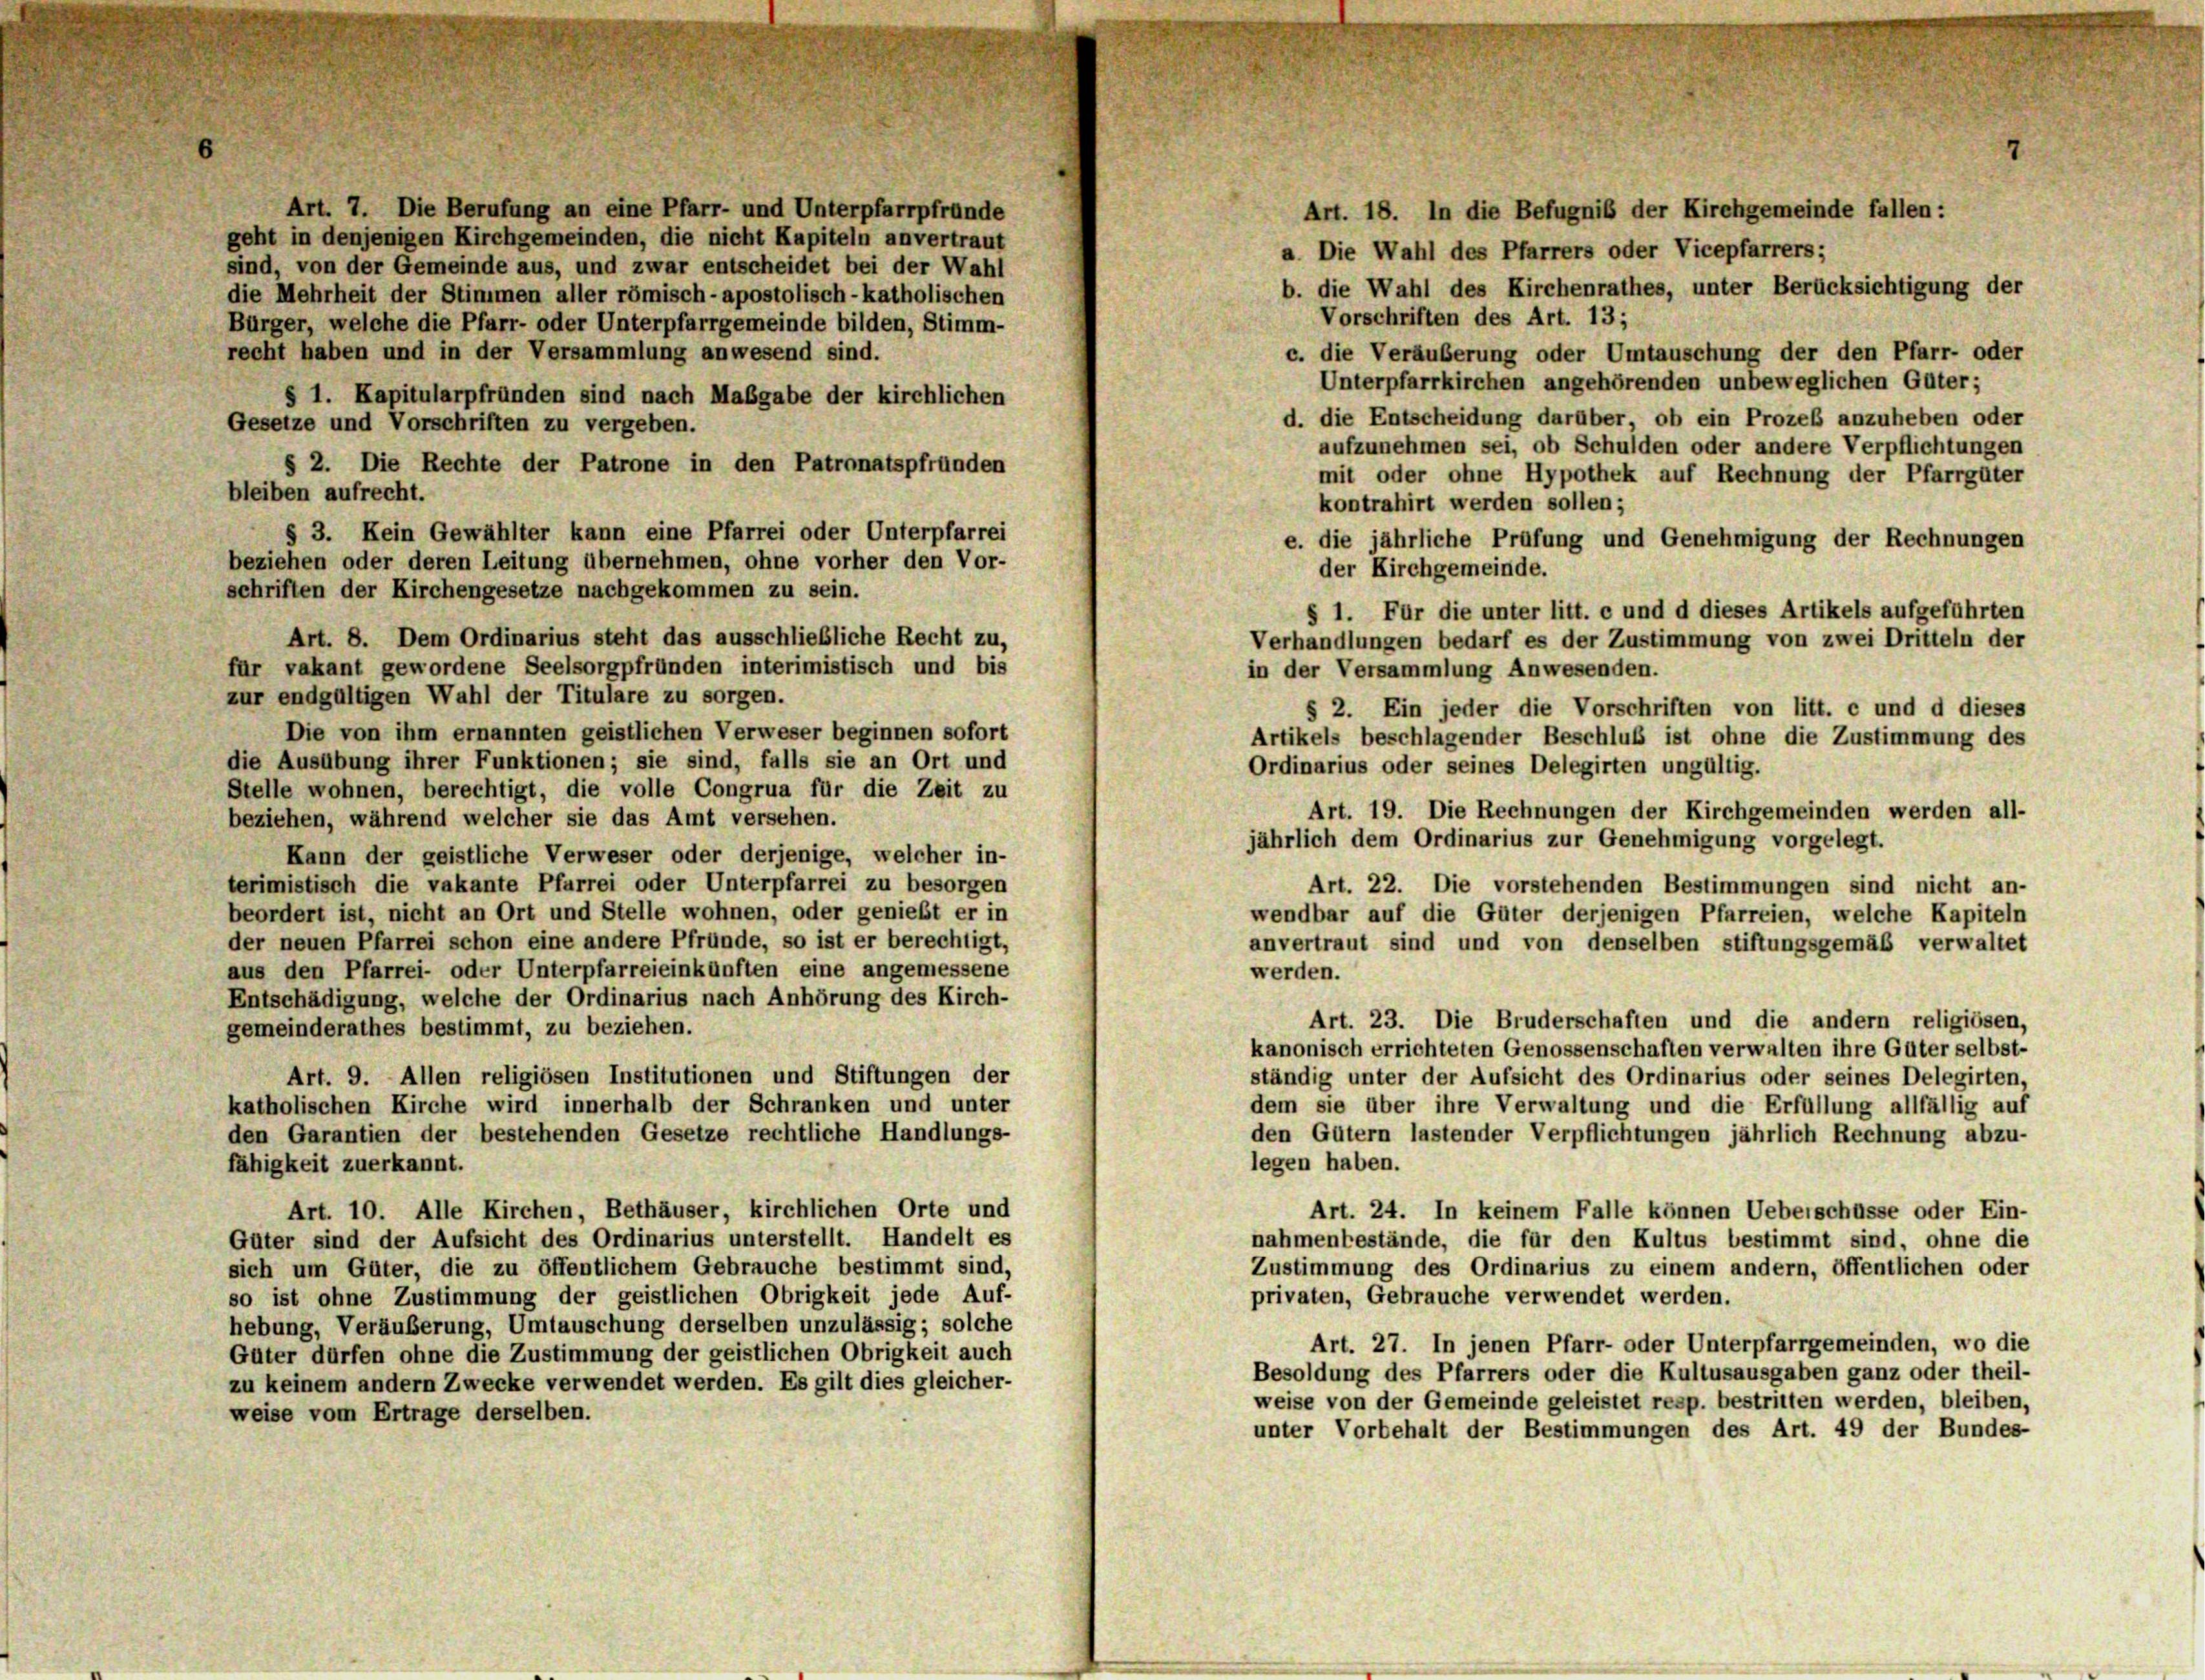
Art. 7. Die Berufung an eine Pfarr- und Unterpfarrpfründe
geht in denjenigen Kirchgemeinden, die nicht Kapiteln anvertraut
sind, von der Gemeinde aus, und zwar entscheidet bei der Wahl
b. die Wahl des Kirchenrathes, unter Berücksichtigung der
die Mehrheit der Stimmen aller römisch-apostolisch-katholischen
Vorschriften des Art. 13;
Bürger, welche die Pfarr- oder Unterpfarrgemeinde bilden, Stimm-
recht haben und in der Versammlung anwesend sind.
c. die Veräußerung oder Umtauschung der den Pfarr- oder
Unterpfarrkirchen angehörenden unbeweglichen Güter;
§ 1. Kapitularpfründen sind nach Maßgabe der kirchlichen
d. die Entscheidung darüber, ob ein Prozeß anzuheben oder
Gesetze und Vorschriften zu vergeben.
aufzunehmen sei, ob Schulden oder andere Verpflichtungen
§ 2. Die Rechte der Patrone in den Patronatspfründen
mit oder ohne Hypothek auf Rechnung der Pfarrgüter
bleiben aufrecht.
kontrahirt werden sollen;
§ 3. Kein Gewählter kann eine Pfarrei oder Unterpfarrei
e. die jährliche Prüfung und Genehmigung der Rechnungen
beziehen oder deren Leitung übernehmen, ohne vorher den Vor-
der Kirchgemeinde.
schriften der Kirchengesetze nachgekommen zu sein.
§ 1. Für die unter litt. c und d dieses Artikels aufgeführten
Art. 8. Dem Ordinarius steht das ausschließliche Recht zu,
Verhandlungen bedarf es der Zustimmung von zwei Dritteln der
für vakant gewordene Seelsorgpfründen interimistisch und bis
in der Versammlung Anwesenden.
zur endgültigen Wahl der Titulare zu sorgen.
§ 2. Ein jeder die Vorschriften von litt. c und d dieses
Die von ihm ernannten geistlichen Verweser beginnen sofort
Artikels beschlagender Beschluß ist ohne die Zustimmung des
die Ausübung ihrer Funktionen; sie sind, falls sie an Ort und
Ordinarius oder seines Delegirten ungültig.
Stelle wohnen, berechtigt, die volle Congrua für die Zeit zu
Art. 19. Die Rechnungen der Kirchgemeinden werden all-
beziehen, während welcher sie das Amt versehen.
jährlich dem Ordinarius zur Genehmigung vorgelegt.
Kann der geistliche Verweser oder derjenige, welcher in-
terimistisch die vakante Pfarrei oder Unterpfarrei zu besorgen
Art. 22. Die vorstehenden Bestimmungen sind nicht an-
beordert ist, nicht an Ort und Stelle wohnen, oder genießt er in
wendbar auf die Güter derjenigen Pfarreien, welche Kapiteln
der neuen Pfarrei schon eine andere Pfründe, so ist er berechtigt,
anvertraut sind und von denselben stiftungsgemäß verwaltet
aus den Pfarrei- oder Unterpfarreieinkünften eine angemessene
werden.
Entschädigung, welche der Ordinarius nach Anhörung des Kirch-
Art. 23. Die Bruderschaften und die andern religiösen,
gemeinderathes bestimmt, zu beziehen.
kanonisch errichteten Genossenschaften verwalten ihre Güter selbst-
Art. 9. Allen religiösen Institutionen und Stiftungen der
ständig unter der Aufsicht des Ordinarius oder seines Delegirten
dem sie über ihre Verwaltung und die Erfüllung allfällig auf
katholischen Kirche wird innerhalb der Schranken und unter
den Garantien der bestehenden Gesetze rechtliche Handlungs-
den Gütern lastender Verpflichtungen jährlich Rechnung abzu-
legen haben.
fähigkeit zuerkannt.
Art. 10. Alle Kirchen, Bethäuser, kirchlichen Orte und
Art. 24. In keinem Falle können Ueberschüsse oder Ein-
Güter sind der Aufsicht des Ordinarius unterstellt. Handelt es
nahmenbestände, die für den Kultus bestimmt sind, ohne die
Zustimmung des Ordinarius zu einem andern, öffentlichen oder
sich um Güter, die zu öffentlichem Gebrauche bestimmt sind,
privaten, Gebrauche verwendet werden.
so ist ohne Zustimmung der geistlichen Obrigkeit jede Auf-
hebung, Veräußerung, Umtauschung derselben unzulässig; solche
Art. 27. In jenen Pfarr- oder Unterpfarrgemeinden, wo die
Güter dürfen ohne die Zustimmung der geistlichen Obrigkeit auch
Besoldung des Pfarrers oder die Kultusausgaben ganz oder theil-
zu keinem andern Zwecke verwendet werden. Es gilt dies gleicher-
weise von der Gemeinde geleistet resp. bestraten werden, bleiben,
weise vom Ertrage derselben.
unter Vorbehalt der Bestimmungen des Art. 49 der Bundes-

Art. 18. In die Befugniß der Kirchgemeinde fallen:
a. Die Wahl des Pfarrers oder Vicepfarrers;